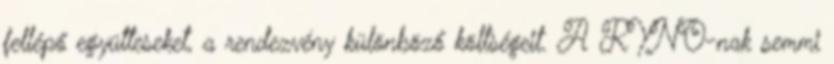
fellépő együtteseket, a rendezvény különböző költségeit. A RYNO-nak semmi